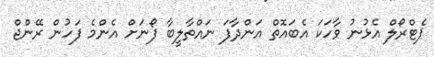
ޕެޓްރޯލް އެޅުނު ވާހަކަ އެބައޮތް އަންދާފަ ނައްތާލީބާ ފޯނަށް އެންމެ ފަހުން ރޭންޖް